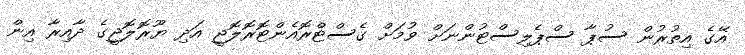
އޭގެ އިތުރުން ސުޕާ ސްޕެލިސްޓުންނަށް ވުމަށް ގެސްޓްރޮއެންޓޮރޮލޮޖީ އަދި ޔޫރޮލޮޖީގެ ދާއިރާ އިން